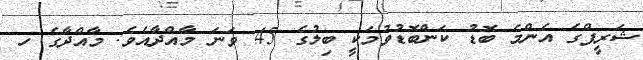
ޝަރީފްގެ އެންމެ ބޮޑު ކަންބޮޑުވުމަކީ ބިލުގެ 45 ވަނަ މާއްދާއެވެ. މާއްދާގެ ހ